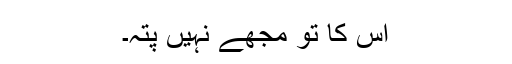
اس کا تو مجھے نہیں پتہ۔